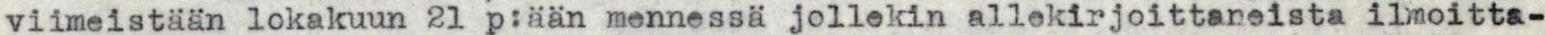
viimeistään lokakuun 21 p:ään mennessä jollekin allekirjoittaneista ilmoitta-